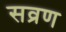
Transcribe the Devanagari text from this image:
सव्रण